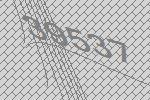
39537